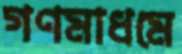
গণমাধমে